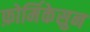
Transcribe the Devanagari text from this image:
फ़ोर्मिकेसुन